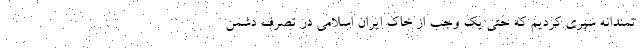
تمندانه سپری کردیم که حتی یک وجب از خاک ایران اسلامی در تصرف دشمن